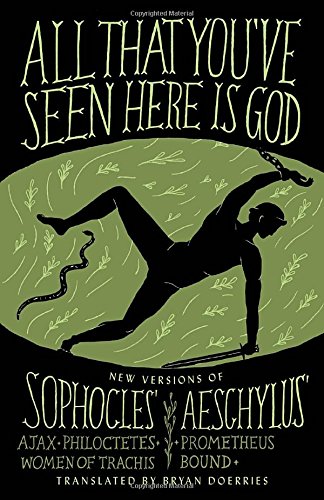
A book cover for All That You've Seen Here Is God: New Versions of Four Greek Tragedies Sophocles' Ajax, Philoctetes, Women of Trachis; Aeschylus' Prometheus Bound (Vintage Original); Sophocles; Literature & Fiction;